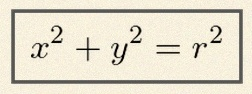
x^2+y^2=r^2